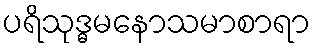
ပရိသုဒ္ဓမနောသမာစာရာ